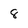
Character: 8